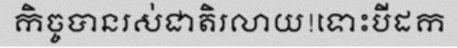
កិច្ចបានរស់ជាតិរលាយ!ទោះបីដក